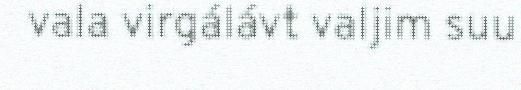
vala virgálávt valjim suu